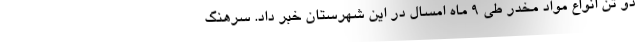
دو تن انواع مواد مخدر طی ۹ ماه امسال در این شهرستان خبر داد. سرهنگ